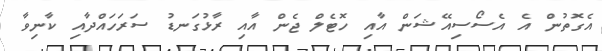
އެގޮތުން އެ އެސޯސިއޭޝަން އާއި ހޮޓެލް ޖެން އާއި ރާޅުގަނޑު ސަރަހައްދާއި ކާނިވާ